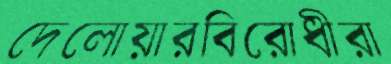
দেলোয়ারবিরোধীরা